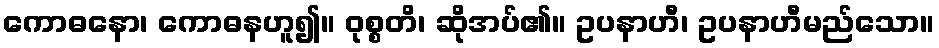
ကောဓနော၊ ကောဓနဟူ၍။ ဝုစ္စတိ၊ ဆိုအပ်၏။ ဥပနာဟီ၊ ဥပနာဟီမည်သော။